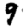
Digit: 9